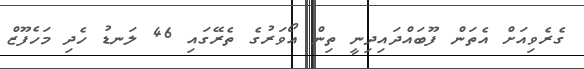
ގެރެވިއަށް އެތަން ފޫބައްދައިދިނީ ތިން އޯވަރުގެ ތެރޭގައި 46 ލަނޑު ހެދި މަހެފޫޒް